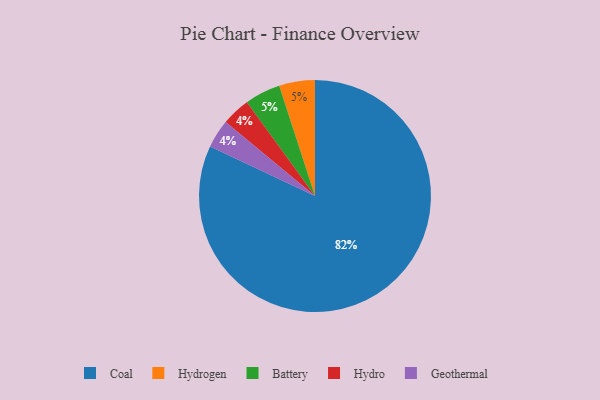
{"axis": {"x": "Category", "y": "Percentage"}, "legend": ["Battery", "Coal", "Geothermal", "Hydro", "Hydrogen"], "data": [{"x": "Hydro", "y": 4, "type": "Hydro"}, {"x": "Hydrogen", "y": 5, "type": "Hydrogen"}, {"x": "Battery", "y": 5, "type": "Battery"}, {"x": "Geothermal", "y": 4, "type": "Geothermal"}, {"x": "Coal", "y": 82, "type": "Coal"}]}